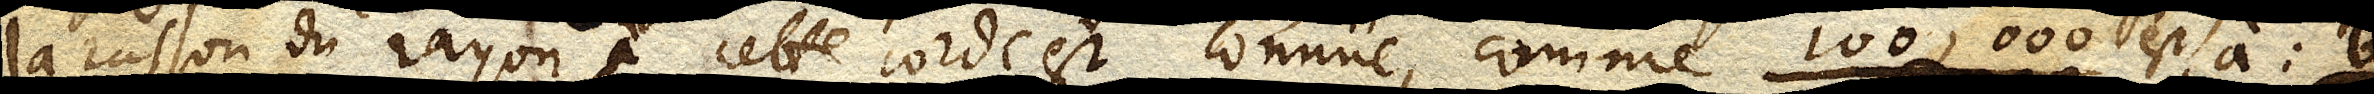
la raison du rayon à cette corde est connüe, comme 100,000 est, à; b